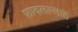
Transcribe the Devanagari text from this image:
फादलल्लाह